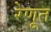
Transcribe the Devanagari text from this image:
रेणूत